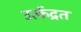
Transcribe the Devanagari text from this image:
उत्केंद्रत